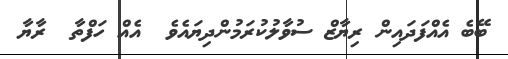
ބޭބެ އެއްފަދައިން ރިޔާޒް ސުވާލުކުރަމުންދިޔައެވެ  އެއް ހަފްތާ  ރާޔާ